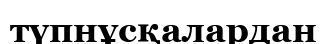
түпнұсқалардан